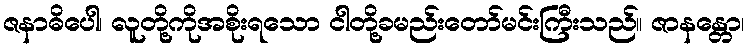
ဇနာဓိပေါ၊ လူတို့ကိုအစိုးရသော ငါတို့ခမည်းတော်မင်းကြီးသည်။ ဇာနန္တော၊